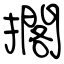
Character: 擱